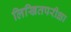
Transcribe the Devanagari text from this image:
लिखितपरीक्षा